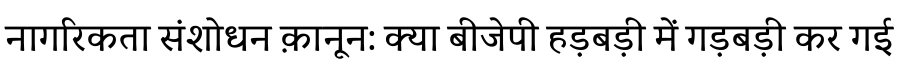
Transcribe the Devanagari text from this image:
नागरिकता संशोधन क़ानून: क्या बीजेपी हड़बड़ी में गड़बड़ी कर गई